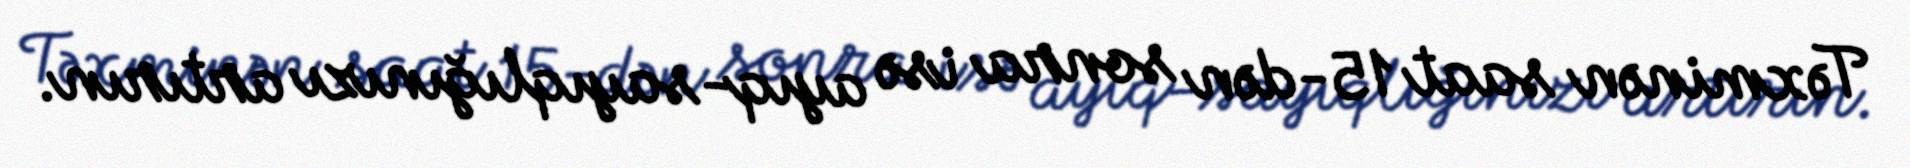
Təxminən saat 15-dən sonra isə ayıq-sayıqlığınızı artırın.